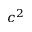
c ^ { 2 }